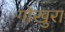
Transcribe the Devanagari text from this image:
गोखुरा